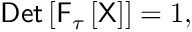
{ \sf D e t } \left[ { \sf F } _ { \tau } \left[ \sf X \right] \right] = 1 ,